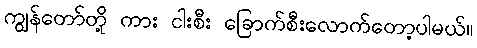
ကျွန်တော်တို့ ကား ငါးစီး ခြောက်စီးလောက်တော့ပါမယ်။